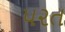
૫૨ત